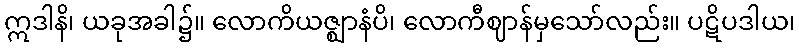
ဣဒါနိ၊ ယခုအခါ၌။ လောကိယဇ္ဈာနံပိ၊ လောကီဈာန်မှသော်လည်း။ ပဋိပဒါယ၊